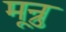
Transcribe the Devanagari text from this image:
मून्रु